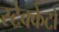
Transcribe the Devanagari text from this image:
स्टेक्केटो